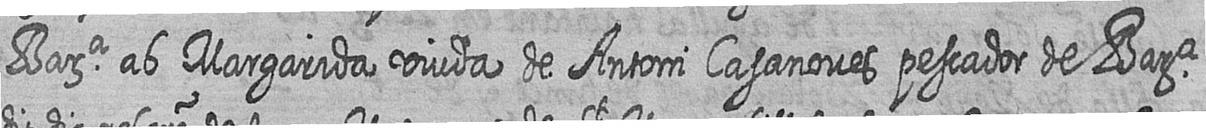
Bara ab Margarida viuda de Antoni Casanoves pescador de Bara